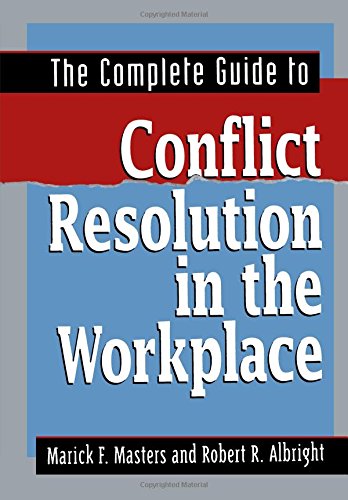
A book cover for The Complete Guide to Conflict Resolution in the Workplace; Marick F. Masters; Business & Money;